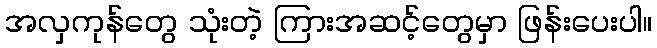
အလှကုန်တွေ သုံးတဲ့ ကြားအဆင့်တွေမှာ ဖြန်းပေးပါ။